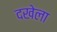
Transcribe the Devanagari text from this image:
दखेला